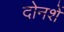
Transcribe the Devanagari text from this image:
दोनशें